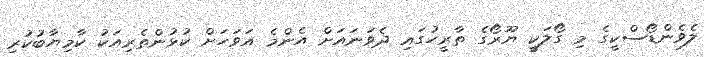
ލެވެންޑޯސްކީގެ މި ގޯލަކީ ޔޫރޯގެ ތާރީހުގައި ދެވަނައަށް އެންމެ އަވަހަށް ކުޅުންތެރިއަކު ކާމިޔާބުކުރި